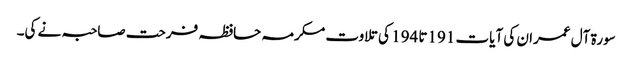
سورۃ آل عمران کی آیات 191تا 194 کی تلاوت مکرمہ حافظہ فرحت صاحبہ نے کی۔